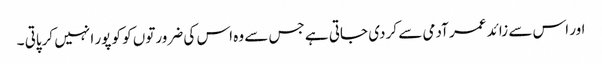
اور اس سے زائد عمر آدمی سے کر دی جاتی ہے جس سے وہ اس کی ضرورتوں کو کو پور ا نہیں کرپاتی ۔